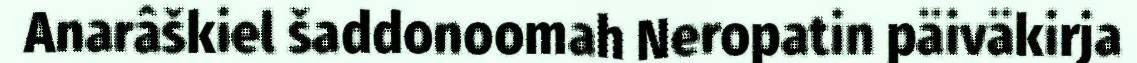
Anarâškiel šaddonoomah Neropatin päiväkirja